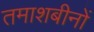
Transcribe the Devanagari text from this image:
तमाशबीनों